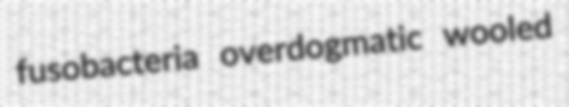
fusobacteria overdogmatic wooled